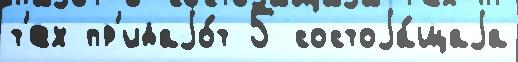
т'ех пр'идаjо́т 5 состоjа́щаjа